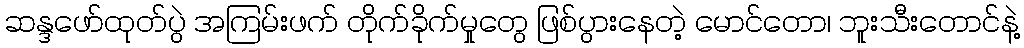
ဆန္ဒဖော်ထုတ်ပွဲ အကြမ်းဖက် တိုက်ခိုက်မှုတွေ ဖြစ်ပွားနေတဲ့ မောင်တော၊ ဘူးသီးတောင်နဲ့